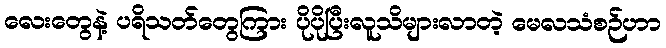
လေးတွေနဲ့ ပရိသတ်တွေကြား ပိုပိုပြီးလူသိများလာတဲ့ မေလသံစဉ်ဟာ